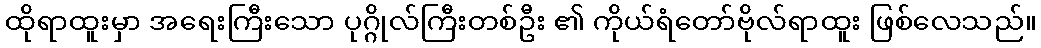
ထိုရာထူးမှာ အရေးကြီးသော ပုဂ္ဂိုလ်ကြီးတစ်ဦး ၏ ကိုယ်ရံတော်ဗိုလ်ရာထူး ဖြစ်လေသည်။